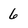
Character: 6